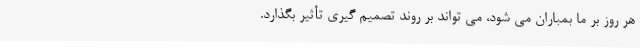
هر روز بر ما بمباران می شود، می تواند بر روند تصمیم گیری تأثیر بگذارد.